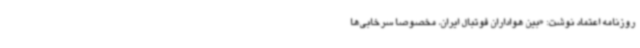
روزنامه اعتماد نوشت: «بین هواداران فوتبال ایران، مخصوصا سرخابی‌ها